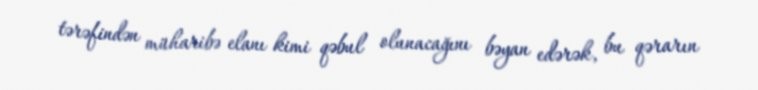
tərəfindən müharibə elanı kimi qəbul olunacağını bəyan edərək, bu qərarın